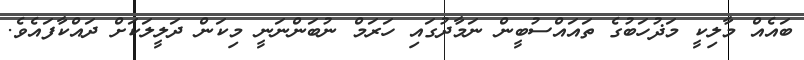
ބައެއް މާލިކީ މަޛުހަބުގެ ތައައްސުބީން ނަމާދުގައި ހަރަމް ނުބަންނަނީ މިކަން ދަލީލަކަށް ދައްކާފައެވެ.